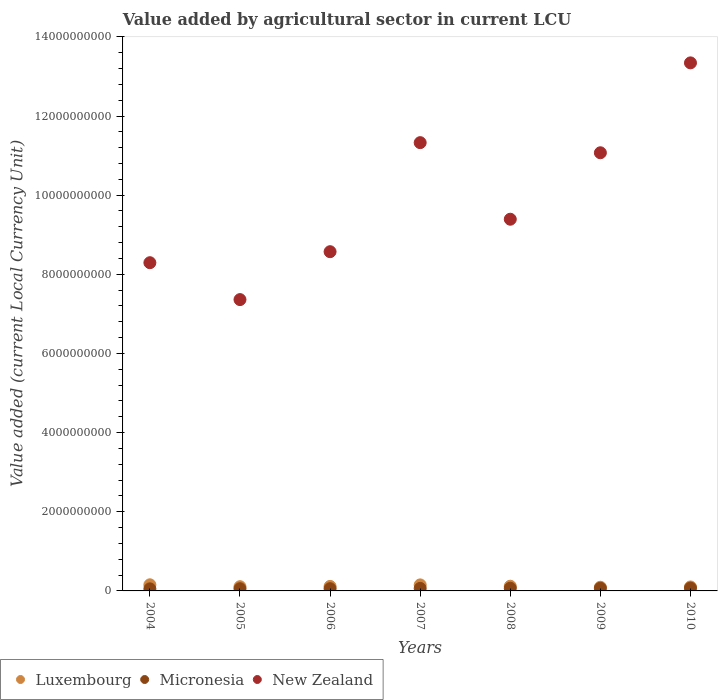
| Years | Luxembourg | Micronesia | New Zealand |
 | --- | --- | --- | --- |
 | 2004 | 1.55e+08 | 5.26e+07 | 8.29e+09 |
 | 2005 | 1.07e+08 | 5.58e+07 | 7.36e+09 |
 | 2006 | 1.14e+08 | 5.67e+07 | 8.57e+09 |
 | 2007 | 1.52e+08 | 6.37e+07 | 1.13e+10 |
 | 2008 | 1.19e+08 | 6.79e+07 | 9.39e+09 |
 | 2009 | 9.3e+07 | 6.84e+07 | 1.11e+10 |
 | 2010 | 1e+08 | 7.13e+07 | 1.33e+10 |